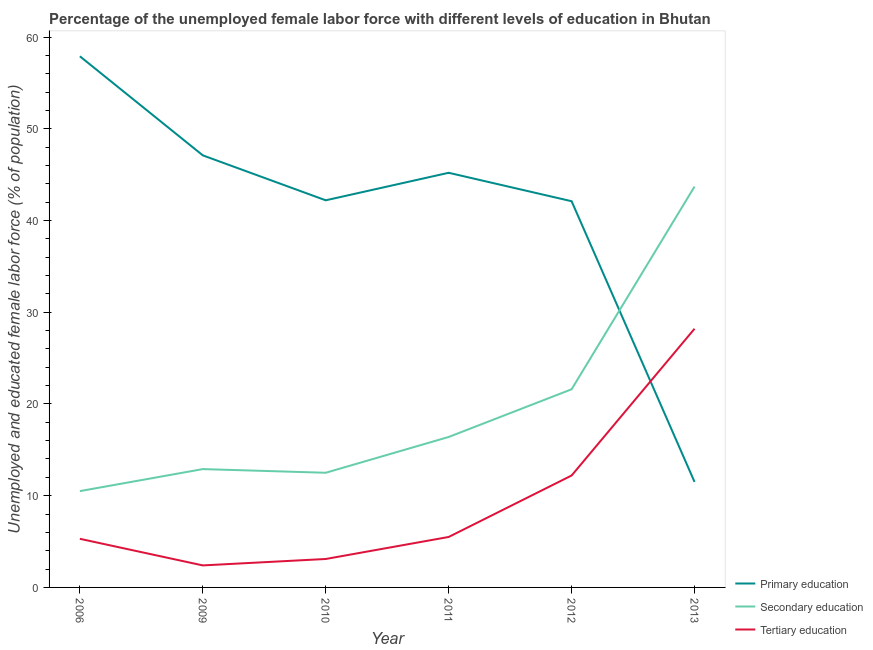
| Year | Primary education | Secondary education | Tertiary education |
 | --- | --- | --- | --- |
 | 2006 | 57.9 | 10.5 | 5.3 |
 | 2009 | 47.1 | 12.9 | 2.4 |
 | 2010 | 42.2 | 12.5 | 3.1 |
 | 2011 | 45.2 | 16.4 | 5.5 |
 | 2012 | 42.1 | 21.6 | 12.2 |
 | 2013 | 11.5 | 43.7 | 28.2 |